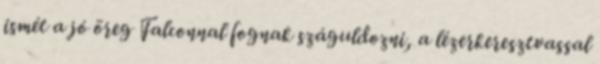
ismét a jó öreg Falconnal fognak száguldozni, a lézerkeresztvassal